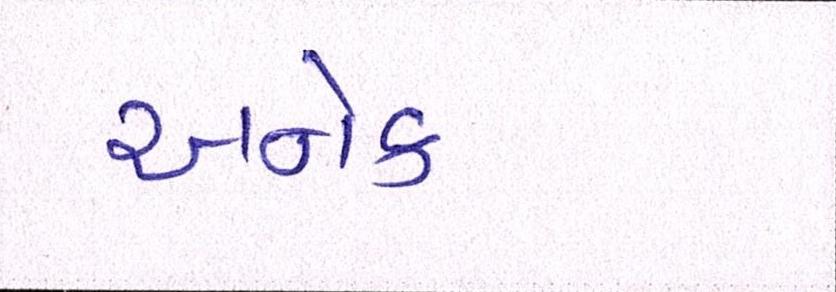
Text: અનેક